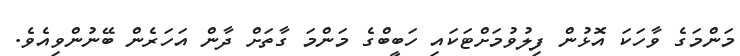
މަންމަގެ ވާހަކަ އޮޅުން ފިލުވުމަށްޓަކައި ހަބީބްގެ މަންމަ ގާތަށް ދާން އަހަރެން ބޭނުންވިއެވެ.